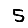
Digit: 5